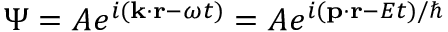
\Psi = A e ^ { i ( \mathbf { k } \cdot \mathbf { r } - \omega t ) } = A e ^ { i ( \mathbf { p } \cdot \mathbf { r } - E t ) / \hbar }